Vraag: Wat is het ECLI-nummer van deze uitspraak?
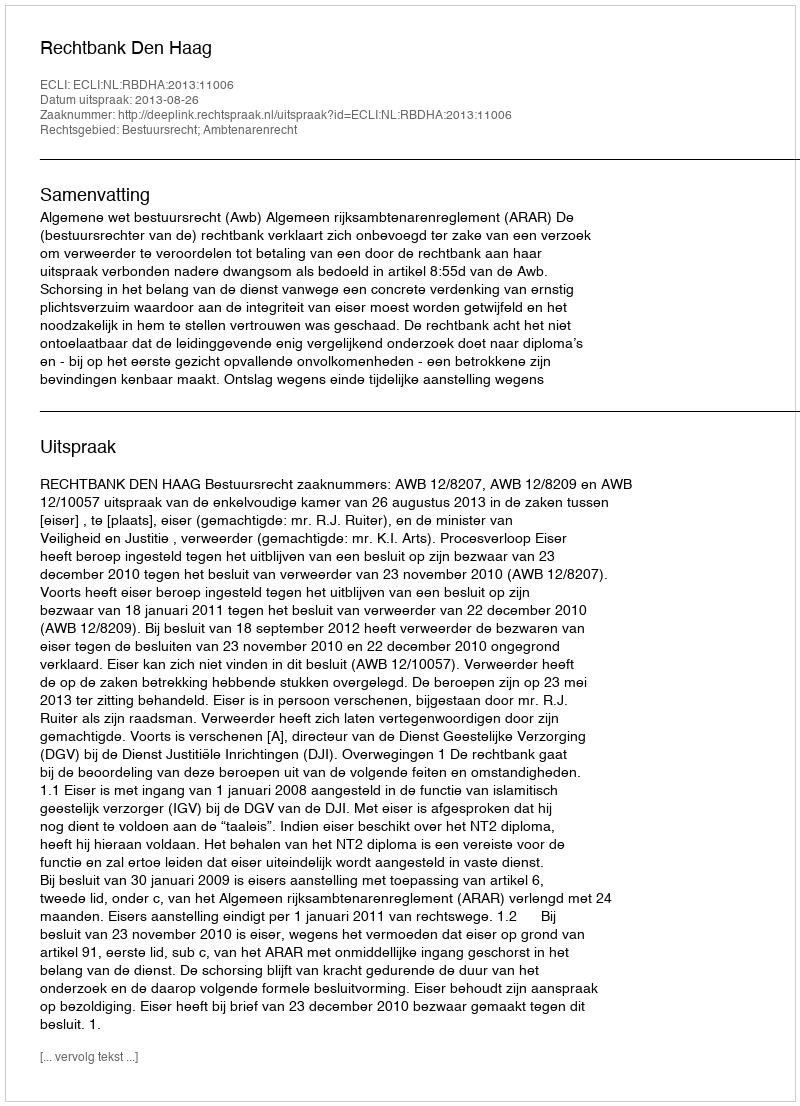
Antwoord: ECLI:NL:RBDHA:2013:11006